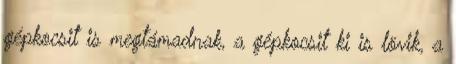
gépkocsit is megtámadnak, a gépkocsit ki is lövik, a